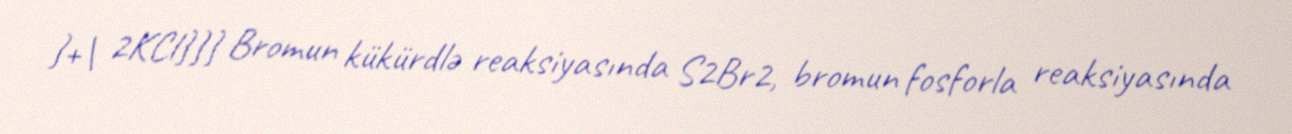
}+\ 2KCl}}} Bromun kükürdlə reaksiyasında S2Br2, bromun fosforla reaksiyasında